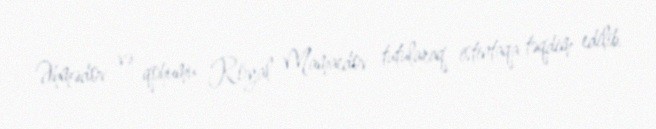
Əhmədov və qohumu Röyal Mamaedov tutularaq istintaqa təqdim edilib.